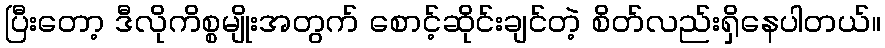
ပြီးတော့ ဒီလိုကိစ္စမျိုးအတွက် စောင့်ဆိုင်းချင်တဲ့ စိတ်လည်းရှိနေပါတယ်။